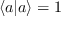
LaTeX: \langle a | a \rangle = 1